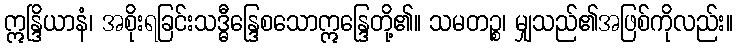
ဣန္ဒြိယာနံ၊ အစိုးရခြင်းသဒ္ဓီန္ဒြေစသောဣန္ဒြေတို့၏။ သမတဉ္စ၊ မျှသည်၏အဖြစ်ကိုလည်း။